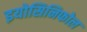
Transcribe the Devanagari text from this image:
इयोसिनिफोल